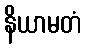
နိယာမတံ